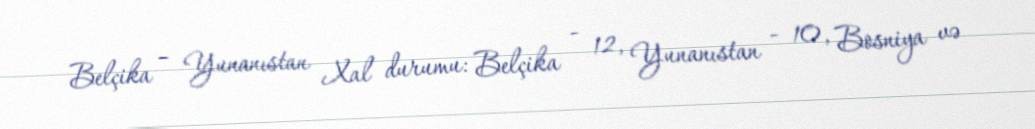
Belçika – Yunanıstan Xal durumu: Belçika - 12, Yunanıstan - 10, Bosniya və